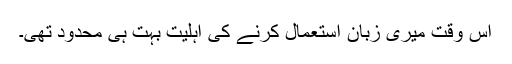
اُس وقت میری زبان استعمال کرنے کی اہلیت بہت ہی محدود تھی۔